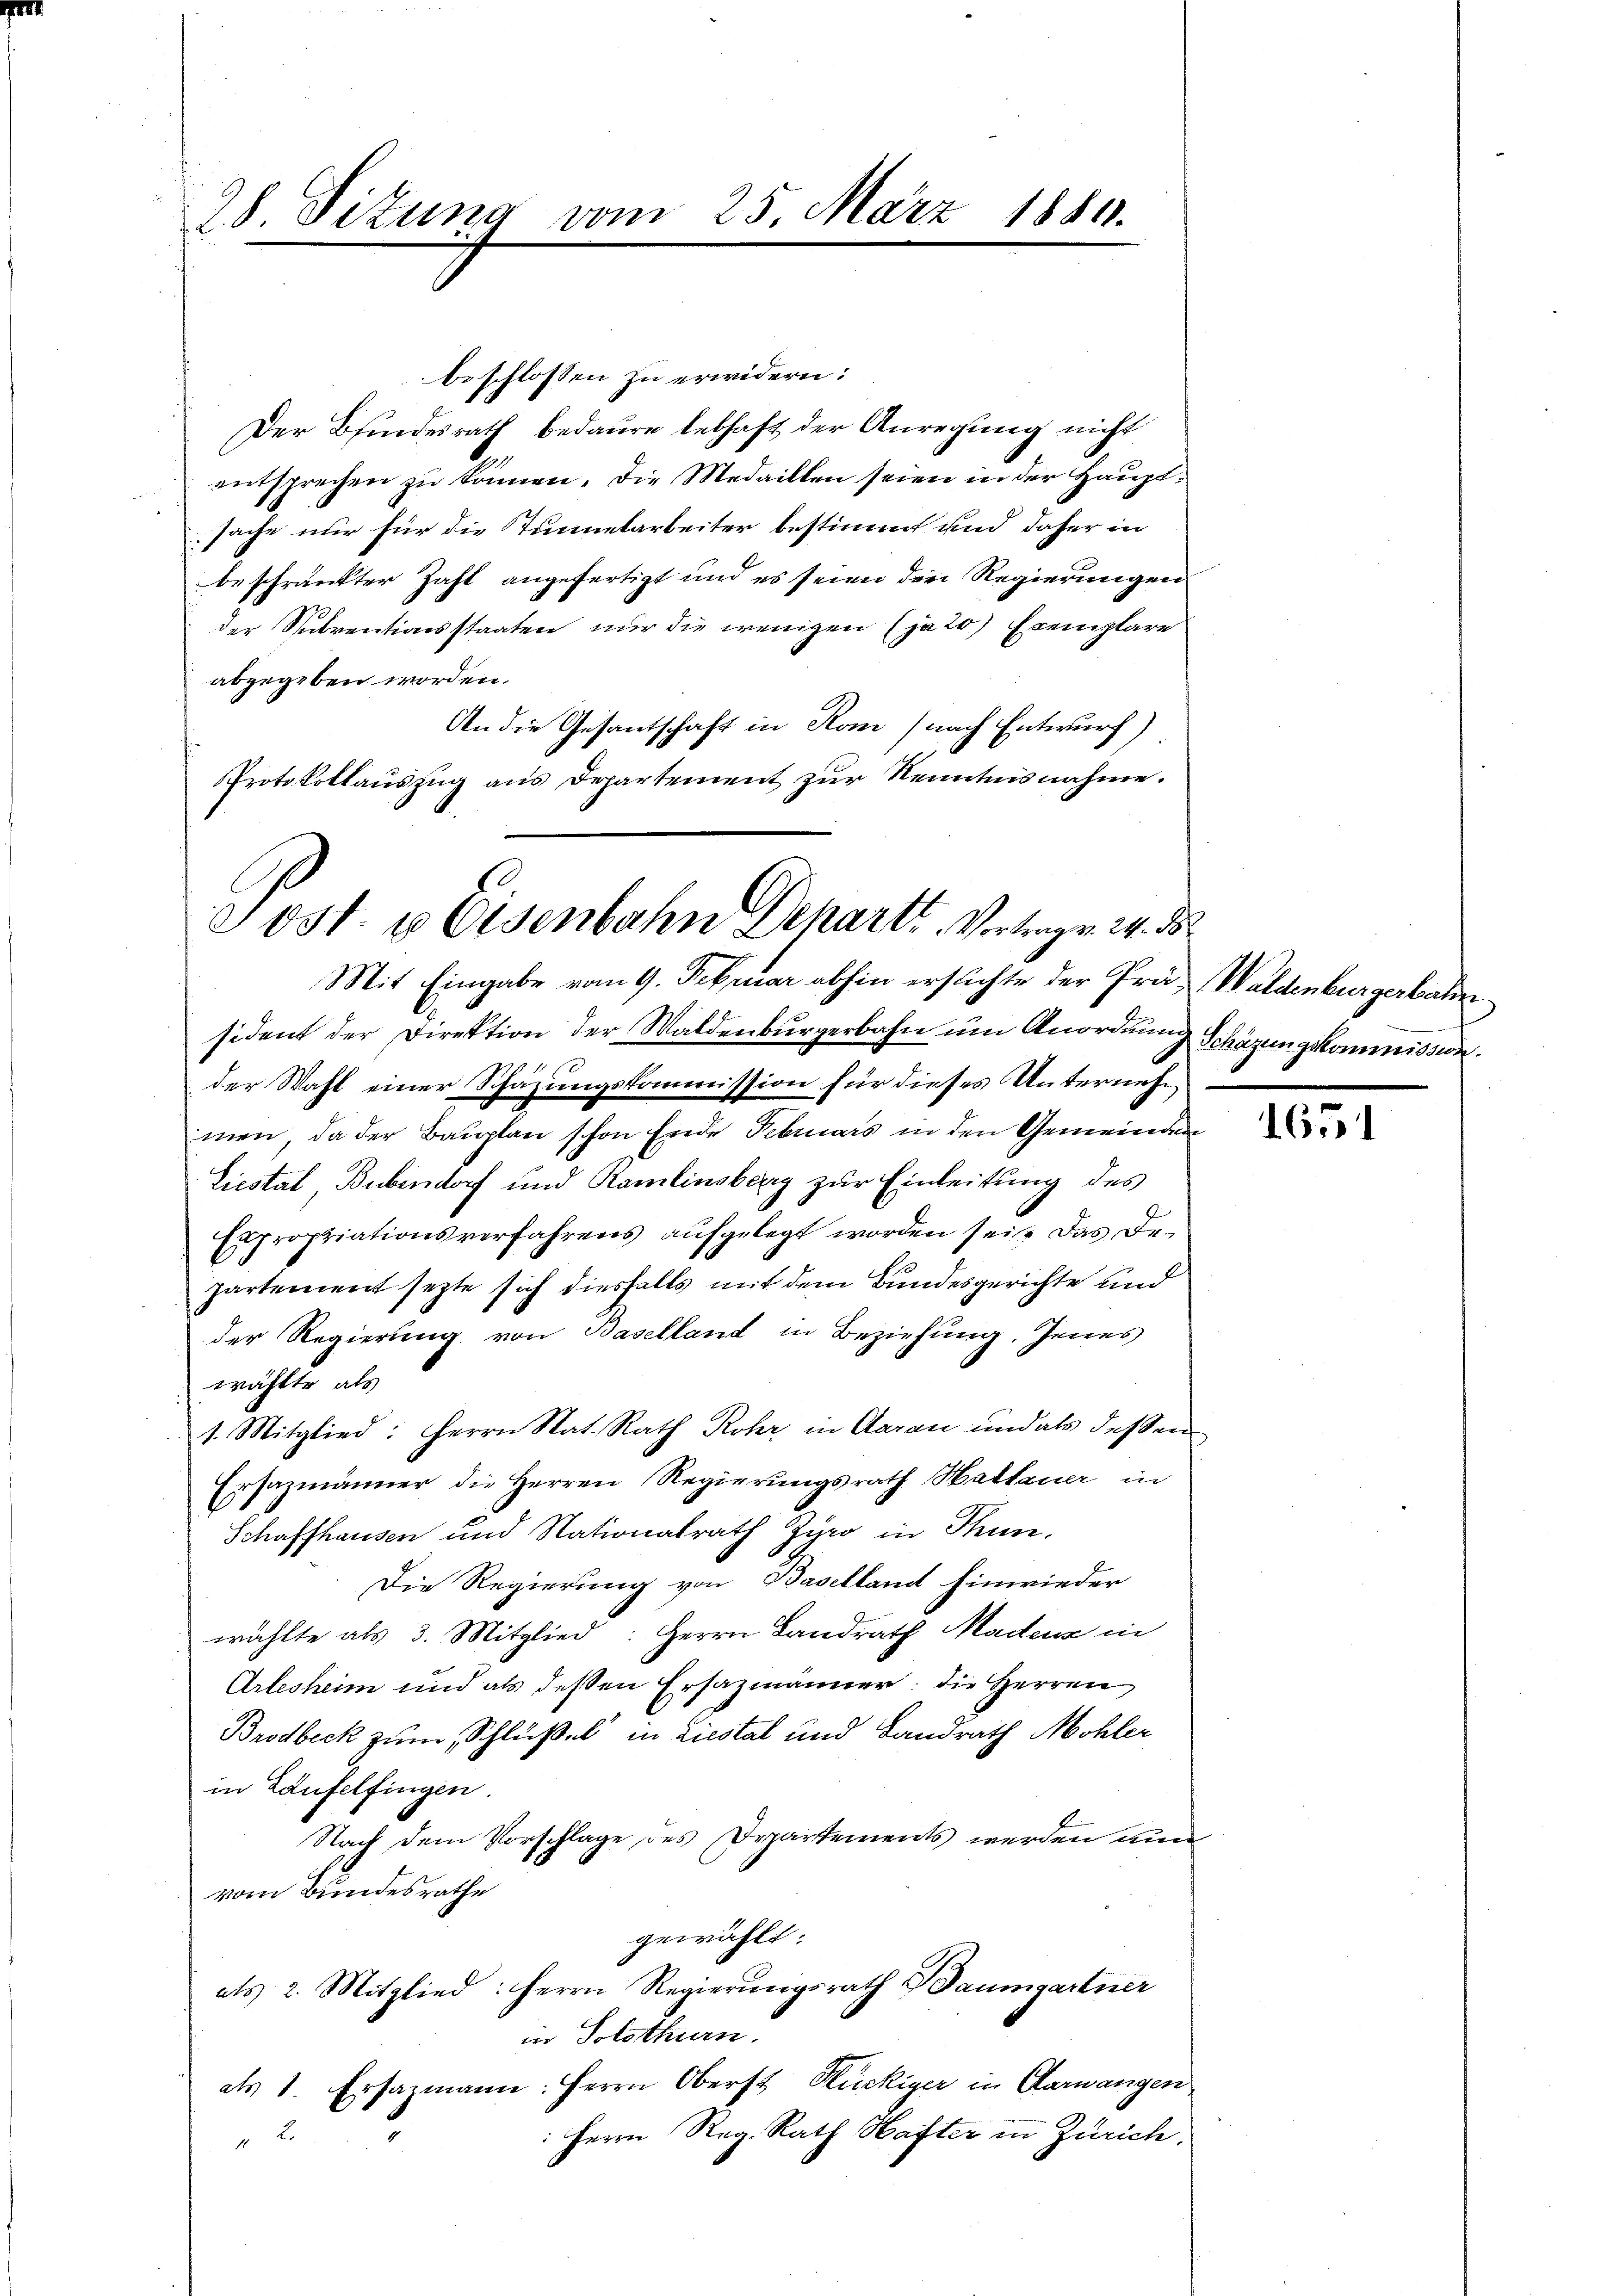
28. Sitzung vom 25. März 1880.

beschlossen zu erwidern:
Der Bindesrath bedaure lebhaft der Anregung nicht
entsprechen zŭ können. Die Medaillen seien in der Hauptsache nur für die Tunnelarbeiter bestimmt und daher in
beschränkter Zahl angefertigt und es seien den Regierungen
der Subventionsstaaten nur die wenigen (ja 20) Exemplare
abgegeben worden.
An die Gesantschaft in Rom (nach Entwurf)
Protokollauszug aus Departement zur Kenntnisnahme.

Post & Eisenbahn Departe Vertrage 14. ds.
Mit Eingabe vom 9. Februar abhin erstichte der Prä- Waldenburgerbahn

sident der Direktion der Waldenburgerbahn um Anordnung Schäzungskommission.
der Wahl einer Schazungskommission für dieses Unternehmen, da der Bauplan schon Ende Februars in den Gemeinden
Liestat Bubendorf und Ramlinsberg zur Einleitung des
Expropriationsverfahrens aufgelegt worden sei. Das Departement sezte sich diesfalls mit dem Bundesgerichte und
der Regierung von Baselland in Beziehung. Jenes
wählte, als
1. Mitglied: Herrn Stat. Rath Rohr in Aarau und als dessen
Ersazmänner die Herren Regierungsrath Hallauer in
Schaffhausen und Nationalrath Zyro in Thun.
Die Regierung von Baselland hinwieder
wählte als 3. Mitglied: Herrn Landrath Madenz in
Arlesheim und als deßen Ersazmänner: die Herren
Brodbeck zum Schlüßel in Liestal und Landrath Möhler
in Laufelfingen.
Nach dem Vorschlage des Departements werden nun
vom Bundesrathe
gewählt:
als 2. Mitglied: Herrn Regierungsrath DDaumgartner
in Solothurn.
als 1. Ersazmann: Herrn Oberst Rückiger in Aarwangen
: Herrn Reg. Rath Hafter in Zürich.

1651